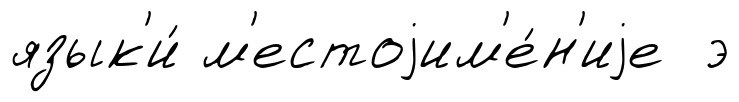
язык'и́ м'естоjим'е́н'иjе э